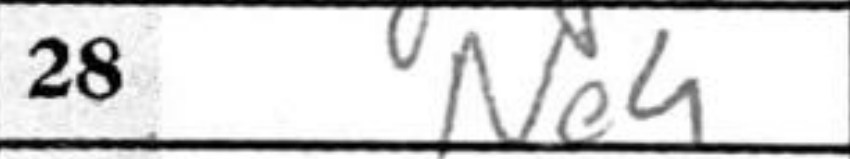
Transcription: Ne4